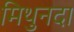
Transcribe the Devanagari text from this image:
मिथुनदा